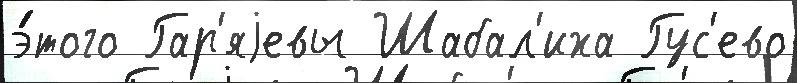
э́того Гар'яjевы Шабал'иха Гус'ево